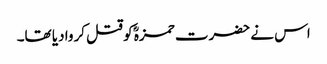
اس نے حضرت حمزہؓ کو قتل کروا دیا تھا۔